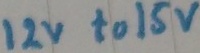
Text: 12v to 15v